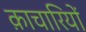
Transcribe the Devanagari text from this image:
क़ाचारियों